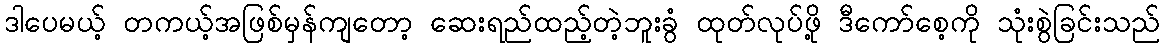
ဒါပေမယ့် တကယ့်အဖြစ်မှန်ကျတော့ ဆေးရည်ထည့်တဲ့ဘူးခွံ ထုတ်လုပ်ဖို့ ဒီကော်စေ့ကို သုံးစွဲခြင်းသည်